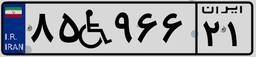
۵۶W۴۴۲۰۶